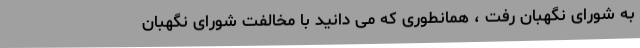
به شورای نگهبان رفت ، همانطوری که می دانید با مخالفت شورای نگهبان